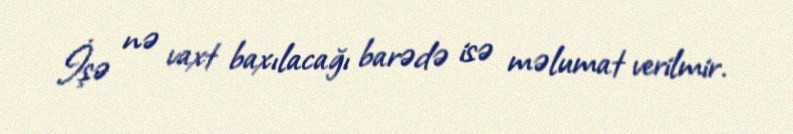
İşə nə vaxt baxılacağı barədə isə məlumat verilmir.